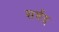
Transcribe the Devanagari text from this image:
सर्वद